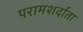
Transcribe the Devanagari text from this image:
परामशर्दाता